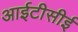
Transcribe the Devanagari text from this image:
आईटीसीई